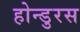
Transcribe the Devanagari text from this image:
होन्डुरस